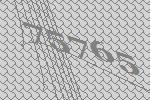
75765